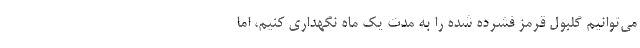
می‌توانیم گلبول قرمز فشرده شده را به مدت یک ماه نگهداری کنیم، اما